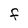
Character: F